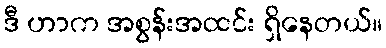
ဒီ ဟာက အစွန်းအထင်း ရှိနေတယ်။